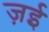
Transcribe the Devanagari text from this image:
ज़ई